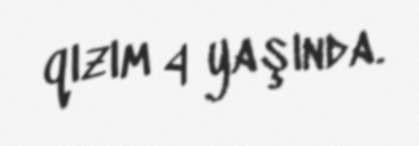
qızım 4 yaşında.